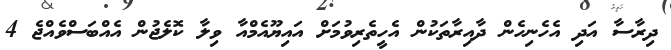
ދިރާސާ އަދި އެހެނިހެން ދާއިރާތަކުން އެހީތެރިވުމަށް އައިޔޫއެމްއާ ވިލާ ކޮލެޖުން އެއްބަސްވެއްޖެ 4